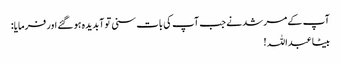
آپ کے مرشد نے جب آپ کی بات سنی تو آبدیدہ ہو گئے اور فرمایا:
بیٹا عبداللہ !